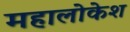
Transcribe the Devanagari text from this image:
महालोकेश